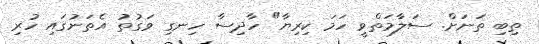
ތިބި ތަނަށް. ސަލާމަތްވީ ހަމަ ކިރިޔާ" ހާދިސާ ހިނގި ވަގުތު އެތަނުގައި ހުރި